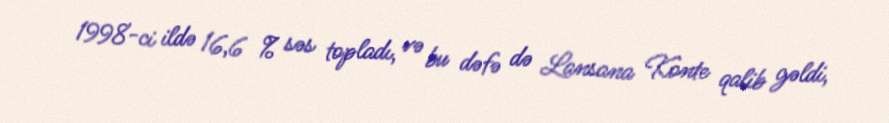
1998-ci ildə 16,6 % səs topladı, və bu dəfə də Lansana Konte qalib gəldi,